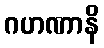
ဂဟဏာနိ